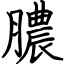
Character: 膿